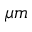
\mu m